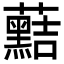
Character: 䕸